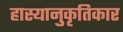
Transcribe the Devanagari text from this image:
हास्यानुकृतिकार